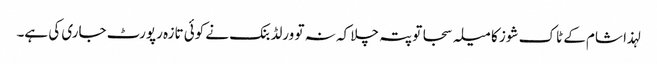
لہذا شام کے ٹاک شوز کا میلہ سجا تو پتہ چلا کہ نہ تو ورلڈ بنک نے کوئی تازہ رپورٹ جاری کی ہے۔